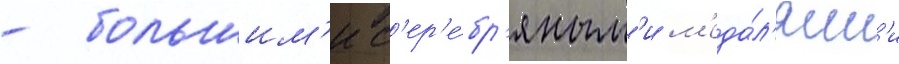
- большим'и с'ер'е́бр'яным'и м'еда́л'ям'и